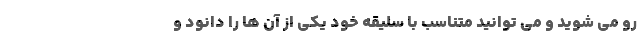
رو می شوید و می توانید متناسب با سلیقه خود یکی از آن ها را دانود و